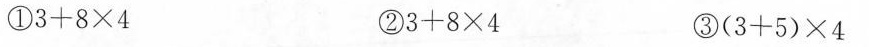
$$3+8×4$$ ②$$3+8×4$$ ③$$(3+5)×4$$